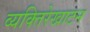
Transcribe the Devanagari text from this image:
व्यक्तिरेखाटन